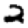
Digit: 2